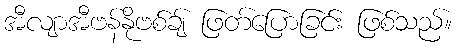
အီလျာအီဗန်နိုဗစ်ချ် ဖြတ်ပြောခြင်း ဖြစ်သည်။